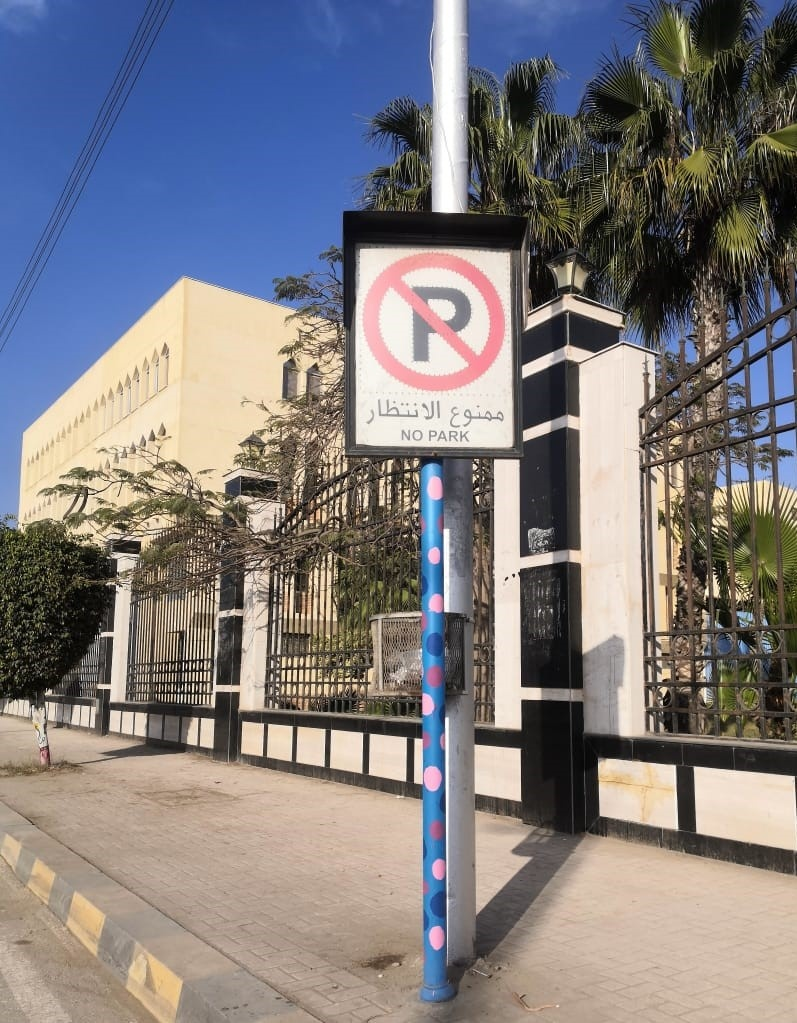
Text in image: الانتظار ممنوع NO PARK